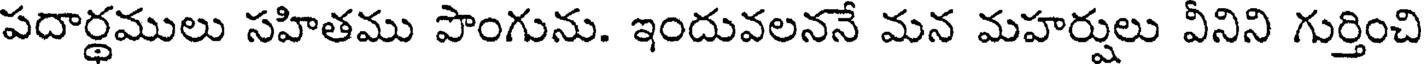
పదార్థములు సహితము పొంగును. ఇందువలననే మన మహర్షులు వీనిని గుర్తించి